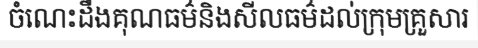
ចំណេះដឹងគុណធម៌និងសីលធម៌ដល់ក្រុមគ្រួសារ